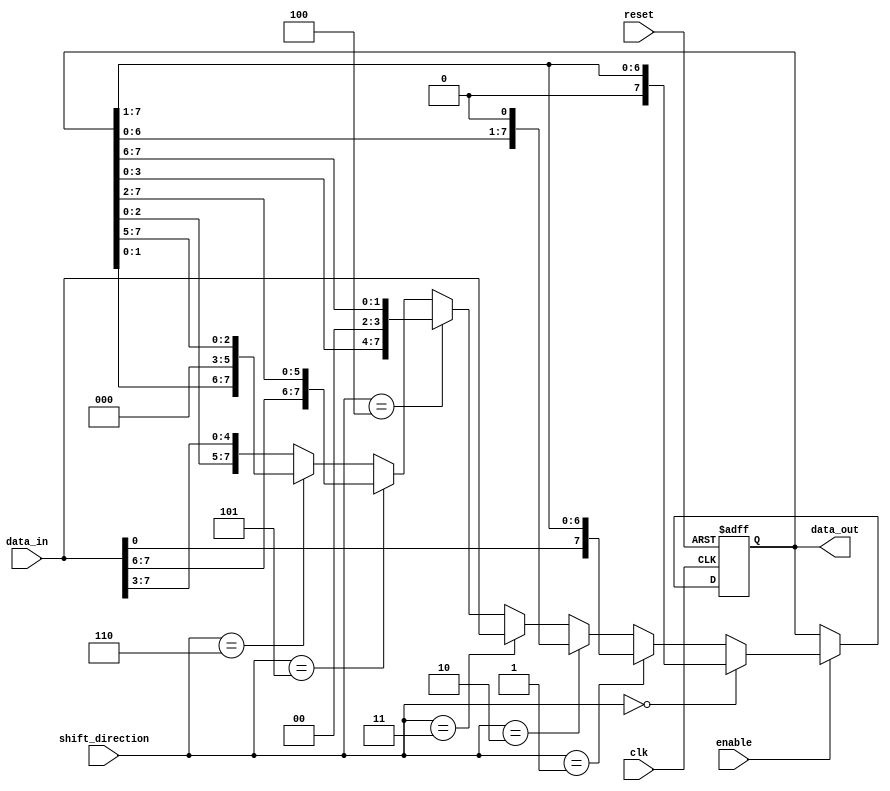
module shift_reg2 (
  input clk,
  input reset,
  input enable,
  input [7:0] data_in,
  input [2:0] shift_direction,
  output reg [7:0] data_out
);

reg [7:0] shift_reg;
wire [7:0] shift_in;

assign shift_in = (shift_direction == 3'b000) ? {1'b0, shift_reg[7:1]} :
                 (shift_direction == 3'b001) ? {data_in, shift_reg[7:1]} :
                 (shift_direction == 3'b010) ? {shift_reg[6:0], 1'b0} :
                 (shift_direction == 3'b011) ? {shift_reg[6:0], data_in} :
                 (shift_direction == 3'b100) ? {shift_reg[5:0], 2'b00, shift_reg[7:6]} :
                 (shift_direction == 3'b101) ? {shift_reg[5:0], data_in[7:6], shift_reg[7:2]} :
                 (shift_direction == 3'b110) ? {shift_reg[4:0], 3'b000, shift_reg[7:5]} :
                                              {shift_reg[2:0], data_in[7:3]};

always @(posedge clk or posedge reset) begin
  if (reset) begin
    shift_reg <= 8'b0;
  end else if (enable) begin
    shift_reg <= shift_in;
  end
end

assign data_out = shift_reg;

endmodule